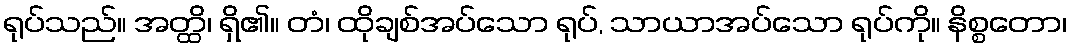
ရုပ်သည်။ အတ္ထိ၊ ရှိ၏။ တံ၊ ထိုချစ်အပ်သော ရုပ်, သာယာအပ်သော ရုပ်ကို။ နိစ္စတော၊